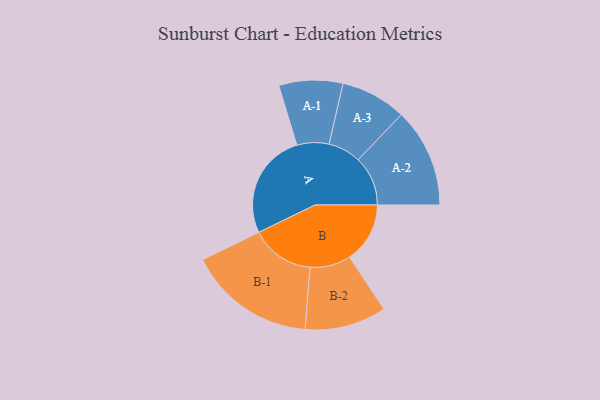
{"axis": {"x": "Segment", "y": "Value"}, "legend": ["", "A", "B"], "data": [{"x": "A", "y": 481, "type": ""}, {"x": "B", "y": 274, "type": ""}, {"x": "A-1", "y": 145, "type": "A"}, {"x": "A-2", "y": 225, "type": "A"}, {"x": "A-3", "y": 149, "type": "A"}, {"x": "B-1", "y": 289, "type": "B"}, {"x": "B-2", "y": 185, "type": "B"}]}